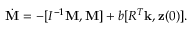
\begin{array} { r } { \dot { \bf M } = - [ I ^ { - 1 } { \bf M } , { \bf M } ] + b [ R ^ { T } { \bf k } , { \bf z } ( 0 ) ] . } \end{array}